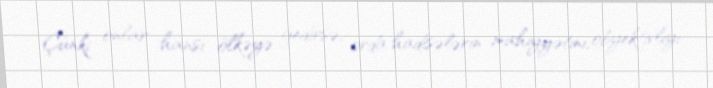
Çünki onlar hansı ölkəyə gedirsə, orda hadisələrin mahiyyətini, obyektivliyi